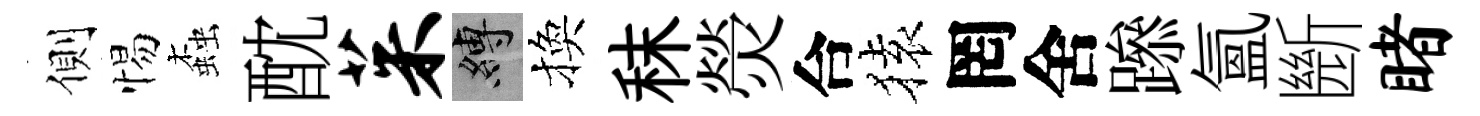
側惕螙酖茱縛換秣熒合𫞤罔舍𨅶氲㫁睹